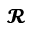
\mathbfcal { R }